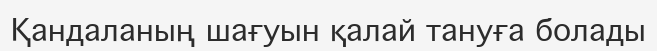
Қандаланың шағуын қалай тануға болады